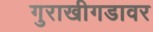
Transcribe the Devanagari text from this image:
गुराखीगडावर